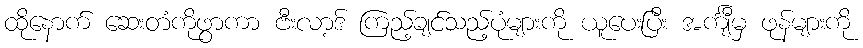
ထိုနောက် ဆေးတံကိုဖွာကာ ဗီးလာ့ဒ် ကြည့်ချင်သည့်ပုံများကို ယူပေးပြီး အင်္ကျီမှ ဖုန်များကို